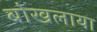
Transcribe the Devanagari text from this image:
बोखलाया